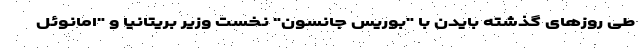
طی روزهای گذشته بایدن با "بوریس جانسون" نخست وزیر بریتانیا و "امانوئل